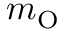
m _ { \mathrm { O } }